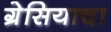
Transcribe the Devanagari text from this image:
ग्रेसियाचा